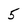
Character: 5